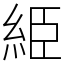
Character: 䋗